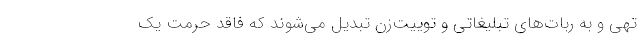
تهی و به ربات‌های تبلیغاتی و توییت‌زن تبدیل می‌شوند كه فاقد حرمت یك